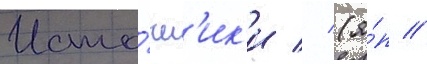
Исто́чн'ик'и // (я́п //